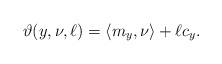
LaTeX: \begin{align*}\vartheta(y,\nu,\ell) = \langle m_y,\nu \rangle +\ell c_y.\end{align*}